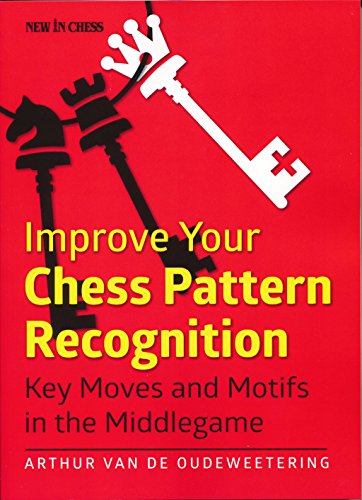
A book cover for Improve Your Chess Pattern Recognition: Key Moves and Motifs in the Middlegame; International Master Arthur van de Oudeweetering; Humor & Entertainment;